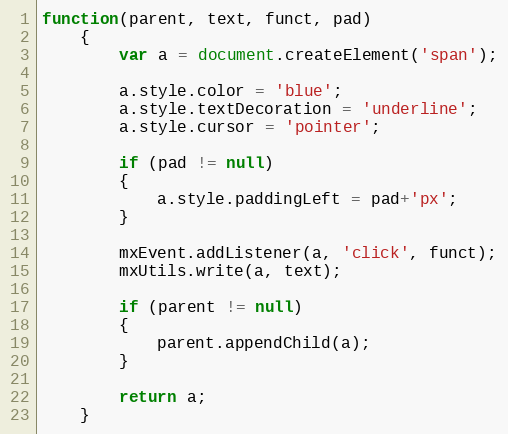
Language: JavaScript
function(parent, text, funct, pad)
	{
		var a = document.createElement('span');

		a.style.color = 'blue';
		a.style.textDecoration = 'underline';
		a.style.cursor = 'pointer';

		if (pad != null)
		{
			a.style.paddingLeft = pad+'px';
		}

		mxEvent.addListener(a, 'click', funct);
		mxUtils.write(a, text);

		if (parent != null)
		{
			parent.appendChild(a);
		}

		return a;
	}